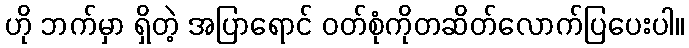
ဟို ဘက်မှာ ရှိတဲ့ အပြာရောင် ဝတ်စုံကိုတဆိတ်လောက်ပြပေးပါ။